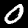
Label: 0